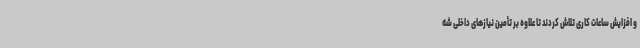
و افزایش ساعات کاری تلاش کردند تا علاوه بر تأمین نیازهای داخلی شه